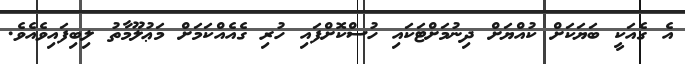
އެ ގެއަކީ ބަޔަކަށް ކުއްޔަށް ދިނުމަށްޓަކައި ހުސްކޮށްފައި ހުރި ގެއެއްކަމަށް މަޢުލޫމާތު ލިބިފައިވެއެވެ.